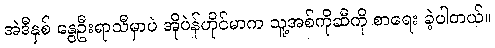
အဲဒီနှစ် နွေဦးရာသီမှာပဲ အိုပဲန်ဟိုင်မာက သူ့အစ်ကိုဆီကို စာရေး ခဲ့ပါတယ်။